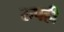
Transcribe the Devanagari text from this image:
रुपही